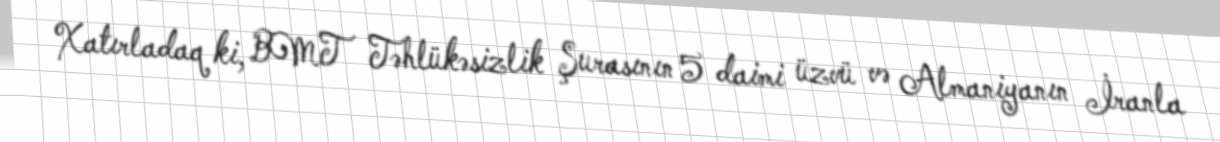
Xatırladaq ki, BMT Təhlükəsizlik Şurasının 5 daimi üzvü və Almaniyanın İranla